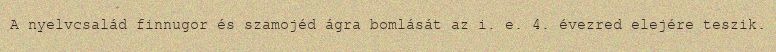
A nyelvcsalád finnugor és szamojéd ágra bomlását az i. e. 4. évezred elejére teszik.